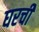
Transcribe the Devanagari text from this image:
घरचीं